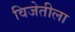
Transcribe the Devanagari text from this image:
विजेतीला